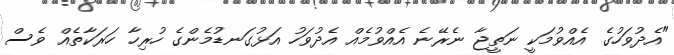
"އެދުވަހުގެ އެއްވުމަކީ ނަތީޖާ ނެރޭނެ އެއްވުމެއް އެދުވަހު އަޅުގަނޑުމެންގެ ހުރިހާ ހަރަކާތެއް ވެސް